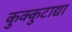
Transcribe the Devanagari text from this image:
कुक्कुटाद्या